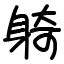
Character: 躸